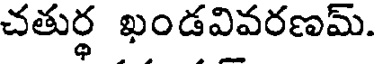
చతుర్థ ఖండవివరణమ్.